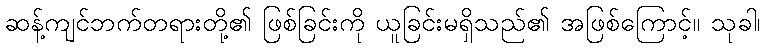
ဆန့်ကျင်ဘက်တရားတို့၏ ဖြစ်ခြင်းကို ယူခြင်းမရှိသည်၏ အဖြစ်ကြောင့်။ သုခါ၊